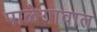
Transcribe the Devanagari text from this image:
पाळेगावात